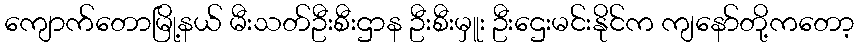
ကျောက်တောမြို့နယ် မီးသတ်ဦးစီးဌာန ဦးစီးမှူး ဦးဌေးမင်းနိုင်က ကျနော်တို့ကတော့